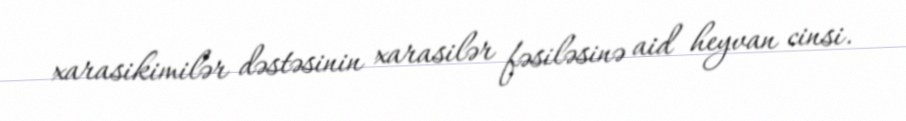
xarasikimilər dəstəsinin xarasilər fəsiləsinə aid heyvan cinsi.